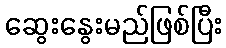
ဆွေးနွေးမည်ဖြစ်ပြီး